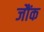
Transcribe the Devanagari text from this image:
जौंक